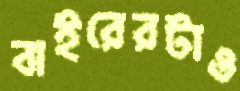
বাইরেরটাও